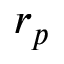
r _ { p }